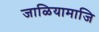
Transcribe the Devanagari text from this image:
जाळियामाजि